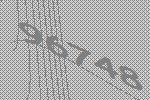
96748